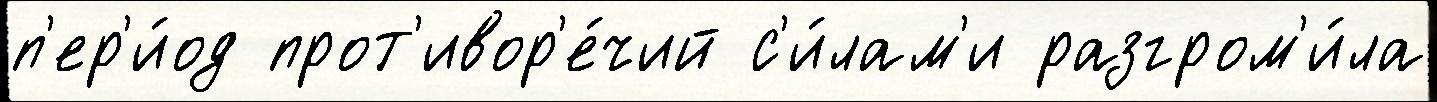
п'ер'и́од прот'ивор'е́чий с'и́лам'и разгром'и́ла